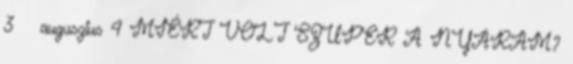
3 ▼ augusztus 4 MIÉRT VOLT SZUPER A NYARAM?